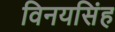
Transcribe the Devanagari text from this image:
विनयसिंह